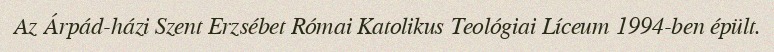
Az Árpád-házi Szent Erzsébet Római Katolikus Teológiai Líceum 1994-ben épült.